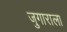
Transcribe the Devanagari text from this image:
जुगाराला